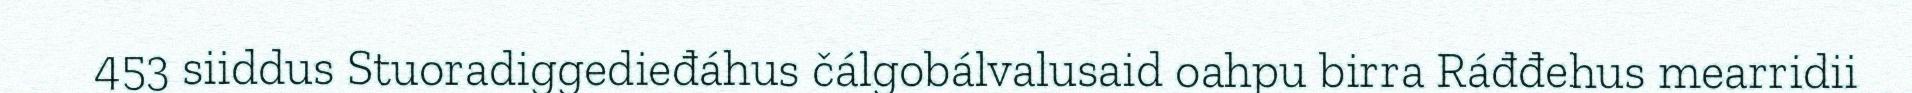
453 siiddus Stuoradiggedieđáhus čálgobálvalusaid oahpu birra Ráđđehus mearridii